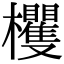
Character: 欔